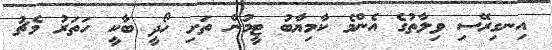
އިނގިރޭސި ވިލާތުގެ އެންމެ ކާމިޔާބު ޓީމުން ތަށި ހޯދީ ބާކީ ހަތަރު މެޗު